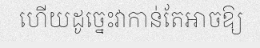
ហើយដូច្នេះវាកាន់តែអាចឱ្យ